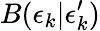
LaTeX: B(\epsilon_{k}|\epsilon_{k}^{\prime})